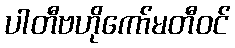
ပါတီဗဟိုကော်မတီဝင်